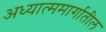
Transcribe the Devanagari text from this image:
अध्यात्ममार्गातील